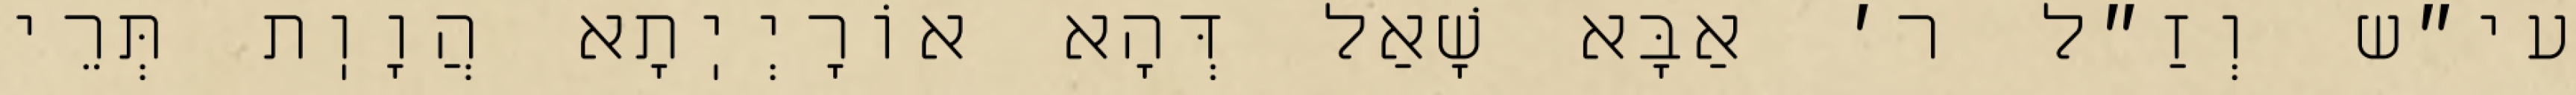
עי״ש וְזַ״ל ר׳ אַבָּא שָׁאַל דְּהָא אוֹרָיְיֽתָא הֲוָוֽת תְּרֵי